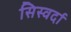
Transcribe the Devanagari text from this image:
सिस्वर्दा